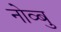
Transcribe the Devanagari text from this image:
नोव्बु